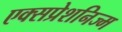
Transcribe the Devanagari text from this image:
एक्सप्रेशनिज्म